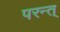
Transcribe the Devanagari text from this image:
परन्त्